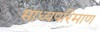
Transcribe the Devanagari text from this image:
माध्यपरिमाण